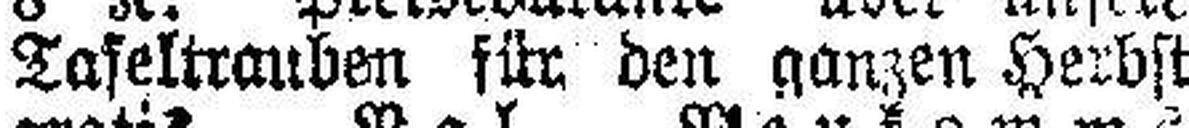
Tafeltrauben für den ganzen Herbst